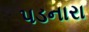
પડનારા